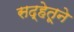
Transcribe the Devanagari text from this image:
सद्हेतूने